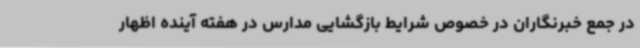
در جمع خبرنگاران در خصوص شرایط بازگشایی مدارس در هفته آینده اظهار